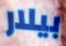
بيلار